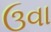
ઉવા